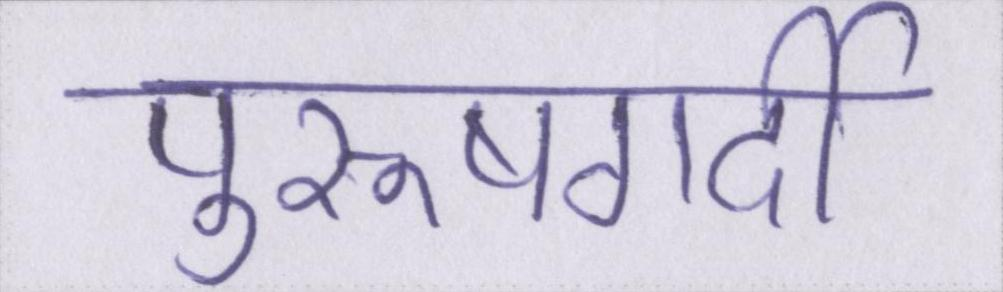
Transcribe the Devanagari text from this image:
पुरूषगर्दी